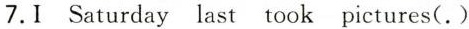
7.1 Saturday last took pictures(.)